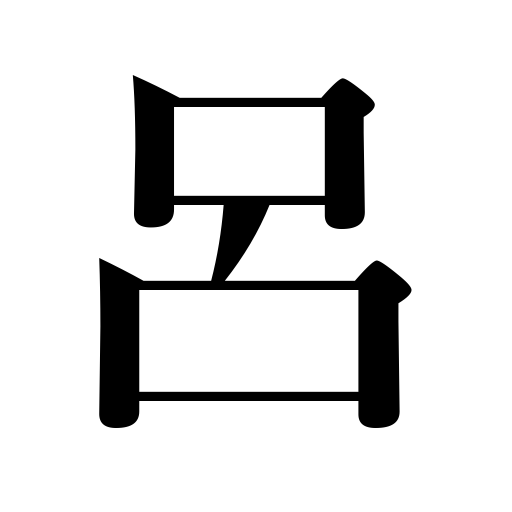
Meanings: backbone